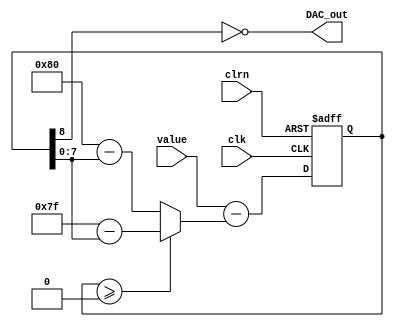
module ds_DAC

(
	// Input Ports
	input clk, clrn,
	input signed [7:0]value,

	// Output Ports
	output DAC_out
);

	// Module Item(s)
	
	wire signed [8:0]U;
	wire signed [7:0]Ep;
	reg signed [8:0]latched;
	
	assign DAC_out = ~U[8];
	assign U = latched;
	assign Ep = (U>=0) ? (127-U) : (-128-U);
	
	
	always @ (negedge clrn or posedge clk)
	begin
		// Reset whenever the reset signal goes low, regardless of the clock
		if (!clrn)
		begin
			latched <= 0;
		end
		// If not resetting, update the register output on the clock's rising edge
		else
		begin
			latched <= value - Ep;
		end
	end
	

endmodule